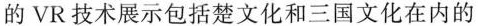
的VR技术展示包括楚文化和三国文化在内的